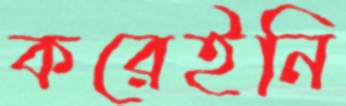
করেইনি